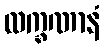
လက္ခဏာနံ